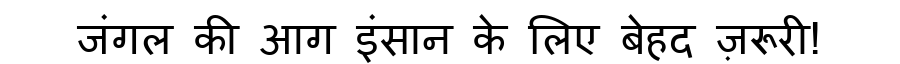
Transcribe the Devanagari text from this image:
जंगल की आग इंसान के लिए बेहद ज़रूरी!